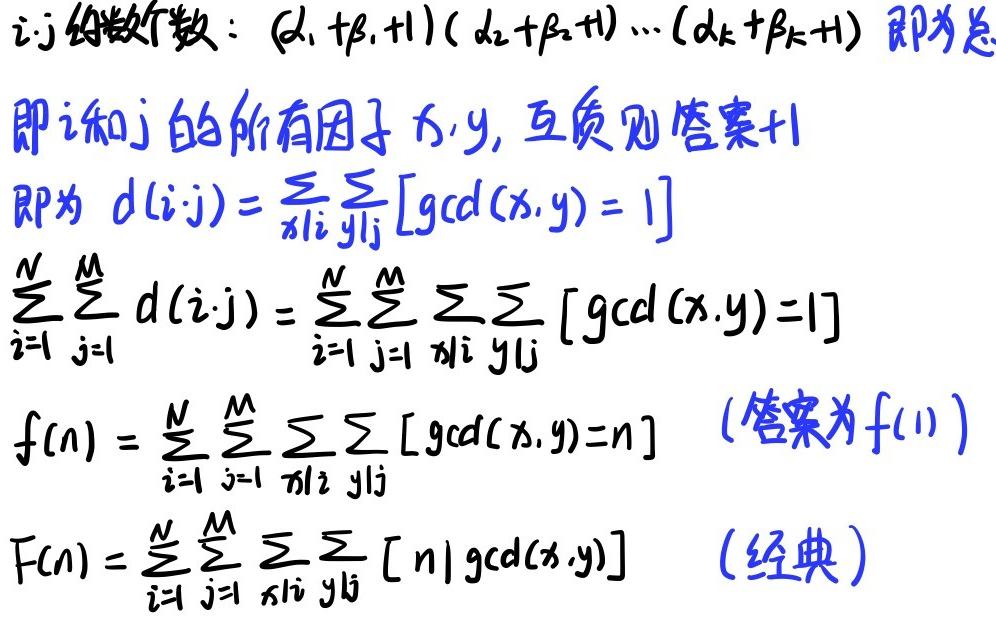
$i\cdot j$的约数个数：$(\alpha_1 + \beta_1 + 1)(\alpha_2 + \beta_2 + 1)\cdots(\alpha_k + \beta_k + 1)$即为总
即$i$和$j$的所有因子$x,y$，互质则答案+1
即为$d(i\cdot j)=\sum_{x|i}\sum_{y|j}[\gcd(x,y)=1]$
$\sum_{i = 1}^{N}\sum_{j = 1}^{M}d(i\cdot j)=\sum_{i = 1}^{N}\sum_{j = 1}^{M}\sum_{x|i}\sum_{y|j}[\gcd(x,y)=1]$
$f(n)=\sum_{i = 1}^{N}\sum_{j = 1}^{M}\sum_{x|i}\sum_{y|j}[\gcd(x,y)=n]$ （答案为$f(1)$）
$F(n)=\sum_{i = 1}^{N}\sum_{j = 1}^{M}\sum_{x|i}\sum_{y|j}[n|\gcd(x,y)]$ （经典）